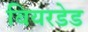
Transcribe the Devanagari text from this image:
बियरडेड